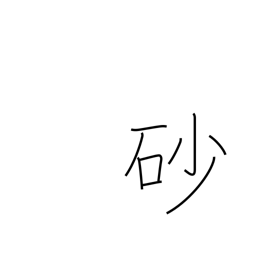
Meaning: sand